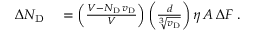
\begin{array} { r l } { \Delta N _ { \mathrm { D } } } & { { } = \left( \frac { V - N _ { \mathrm { D } } \, v _ { \mathrm { D } } } { V } \right) \left( \frac { d } { \sqrt [ 3 ] { v _ { \mathrm { D } } } } \right) \eta \, A \, \Delta F \; . } \end{array}